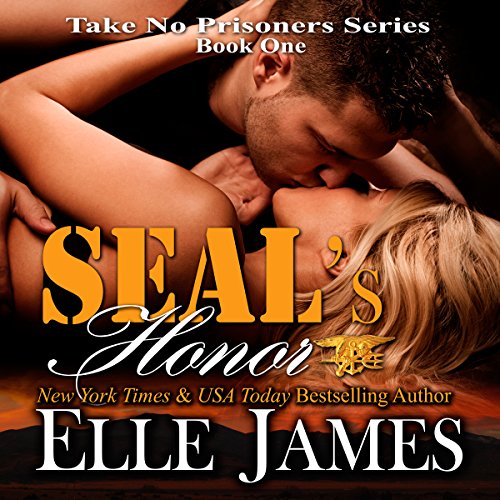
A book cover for Seal's Honor: Take No Prisoners Series, Book 1; Elle James; Romance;